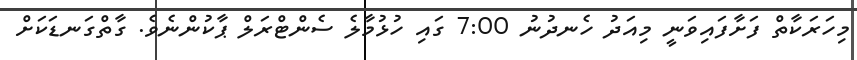
މިހަރަކާތް ފަށާފައިވަނީ މިއަދު ހެނދުނު 7:00 ގައި ހުޅުމާލެ ސެންޓްރަލް ޕާކުންނެވެ. ގާތްގަނޑަކަށް